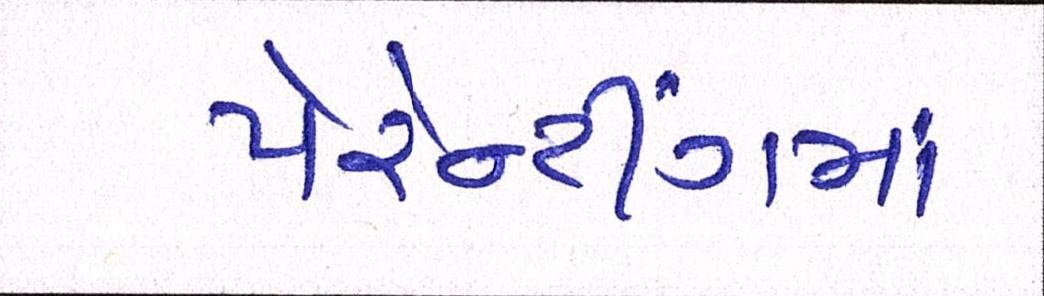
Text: પેરેન્ટીંગમાં